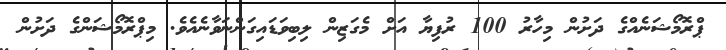
ޕްރޮމޯޝަނެއްގެ ދަށުން މިހާރު 100 ރުފިޔާ އަށް މެގަޒިން ލިބިވަޑައިގަންނަވާނެއެވެ. މިޕްރޮމޯޝަންގެ ދަށުން